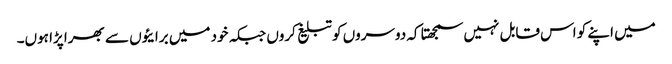
میں اپنے کو اس قابل نہیں سمجھتا کہ دوسروں کو تبلیغ کروں جبکہ خود میں برایئوں سے بھرا پڑا ہوں۔